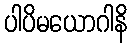
ပါပိမယောဂါနိ